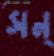
সন্